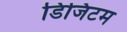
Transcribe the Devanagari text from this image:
डिजिटम